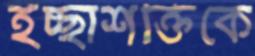
ইচ্ছাশক্তিকে